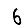
Digit: 6